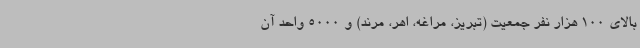
بالای 100 هزار نفر جمعیت (تبریز، مراغه، اهر، مرند) و 5000 واحد آن